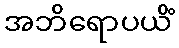
အဘိရောပယိံ